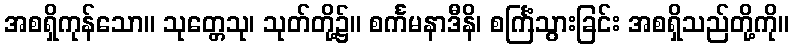
အစရှိကုန်သော။ သုတ္တေသု၊ သုတ်တို့၌။ စင်္ကမနာဒီနိ၊ စင်္ကြံသွားခြင်း အစရှိသည်တို့ကို။